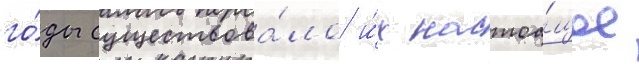
го́ды существова́ло и́х настоа́щее